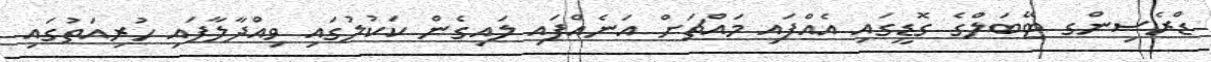
ޑްރެސިންގ ޓޭބަލްގެ ގޮޑީގައި އެއްފައި މައްޗަށް އަނެއްފައި ލައިގެން ކަކުލުގައި ވިއްދާލާފައި ހުރިއަތުގައި